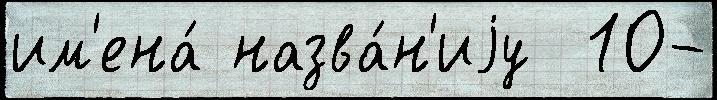
им'ена́ назва́н'иjу  10-